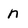
Character: n